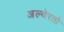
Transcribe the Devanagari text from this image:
अल्बेरतो